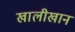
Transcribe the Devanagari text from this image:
खालीखान